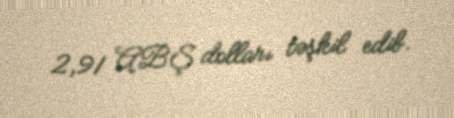
2,91 ABŞ dolları təşkil edib.